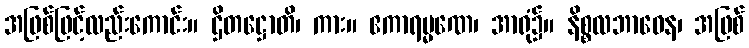
အဖြစ်ဖြင့်လည်းကောင်း။ ဌိတဋ္ဌောတိ၊ ကား။ ဧကာရမ္မဏေ၊ အာရုံ၌။ နိစ္စလဘာဝေန၊ အဖြစ်